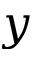
y